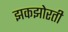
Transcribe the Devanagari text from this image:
झकझोरती